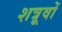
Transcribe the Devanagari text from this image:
शत्रूवों